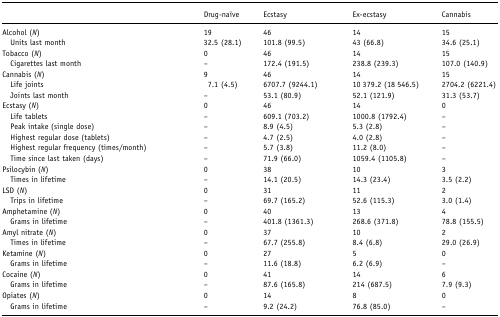
<table><thead><tr><td></td><td><b>Drug-naïve</b></td><td><b>Ecstasy</b></td><td><b>Ex-ecstasy</b></td><td><b>Cannabis</b></td></tr></thead><tbody><tr><td>Alcohol (<i>N</i>)</td><td>19</td><td>46</td><td>14</td><td>15</td></tr><tr><td> Units last month</td><td>32.5 (28.1)</td><td>101.8 (99.5)</td><td>43 (66.8)</td><td>34.6 (25.1)</td></tr><tr><td>Tobacco (<i>N</i>)</td><td>0</td><td>46</td><td>14</td><td>15</td></tr><tr><td> Cigarettes last month</td><td>–</td><td>172.4 (191.5)</td><td>238.8 (239.3)</td><td>107.0 (140.9)</td></tr><tr><td>Cannabis (<i>N</i>)</td><td>9</td><td>46</td><td>14</td><td>15</td></tr><tr><td> Life joints</td><td>7.1 (4.5)</td><td>6707.7 (9244.1)</td><td>10 379.2 (18 546.5)</td><td>2704.2 (6221.4)</td></tr><tr><td> Joints last month</td><td>–</td><td>53.1 (80.9)</td><td>52.1 (121.9)</td><td>31.3 (53.7)</td></tr><tr><td>Ecstasy (<i>N</i>)</td><td>0</td><td>46</td><td>14</td><td>0</td></tr><tr><td> Life tablets</td><td>–</td><td>609.1 (703.2)</td><td>1000.8 (1792.4)</td><td>–</td></tr><tr><td> Peak intake (single dose)</td><td>–</td><td>8.9 (4.5)</td><td>5.3 (2.8)</td><td>–</td></tr><tr><td> Highest regular dose(tablets)</td><td>–</td><td>4.7 (2.5)</td><td>4.0 (2.8)</td><td>–</td></tr><tr><td> Highest regular frequency(times/month)</td><td>–</td><td>5.7 (3.8)</td><td>11.2 (8.0)</td><td>–</td></tr><tr><td> Time since last taken(days)</td><td>–</td><td>71.9 (66.0)</td><td>1059.4 (1105.8)</td><td>–</td></tr><tr><td>Psilocybin (<i>N</i>)</td><td>0</td><td>38</td><td>10</td><td>3</td></tr><tr><td> Times in lifetime</td><td>–</td><td>14.1 (20.5)</td><td>14.3 (23.4)</td><td>3.5 (2.2)</td></tr><tr><td>LSD (<i>N</i>)</td><td>0</td><td>31</td><td>11</td><td>2</td></tr><tr><td> Trips in lifetime</td><td>–</td><td>69.7 (165.2)</td><td>52.6 (115.3)</td><td>3.0 (1.4)</td></tr><tr><td>Amphetamine (<i>N</i>)</td><td>0</td><td>40</td><td>13</td><td>4</td></tr><tr><td> Grams in lifetime</td><td>–</td><td>401.8 (1361.3)</td><td>268.6 (371.8)</td><td>78.8 (155.5)</td></tr><tr><td>Amyl nitrate (<i>N</i>)</td><td>0</td><td>37</td><td>10</td><td>2</td></tr><tr><td> Times in lifetime</td><td>–</td><td>67.7 (255.8)</td><td>8.4 (6.8)</td><td>29.0 (26.9)</td></tr><tr><td>Ketamine (<i>N</i>)</td><td>0</td><td>27</td><td>5</td><td>0</td></tr><tr><td> Grams in lifetime</td><td>–</td><td>11.6 (18.8)</td><td>6.2 (6.9)</td><td>–</td></tr><tr><td>Cocaine (<i>N</i>)</td><td>0</td><td>41</td><td>14</td><td>6</td></tr><tr><td> Grams in lifetime</td><td>–</td><td>87.6 (165.8)</td><td>214 (687.5)</td><td>7.9 (9.3)</td></tr><tr><td>Opiates (<i>N</i>)</td><td>0</td><td>14</td><td>8</td><td>0</td></tr><tr><td> Grams in lifetime</td><td>–</td><td>9.2 (24.2)</td><td>76.8 (85.0)</td><td>–</td></tr></tbody></table>